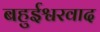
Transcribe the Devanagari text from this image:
बहुईश्वरवाद